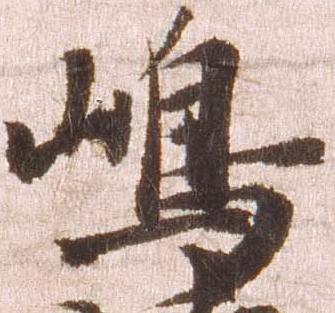
嶋